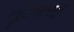
તૂટવાથી